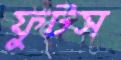
ফুটস